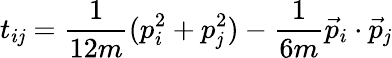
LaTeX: t_{i\mathit{j}}=\frac{{1}}{{12m}}(p_{i}^{2}+p_{\mathit{j}}^{2})-\frac{{1}}{{6m}}\vec{{p}}_{i}\cdot\vec{{p}}_{\mathit{j}}